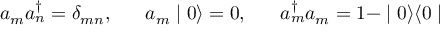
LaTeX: a _ { m } a _ { n } ^ { \dagger } = \delta _ { m n } , \; \; \; \; \; \; a _ { m } \mid 0 \rangle = 0 , \; \; \; \; \; \; a _ { m } ^ { \dagger } a _ { m } = 1 - \mid 0 \rangle \langle 0 \mid